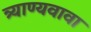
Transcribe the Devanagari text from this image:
त्र्याण्यवावा